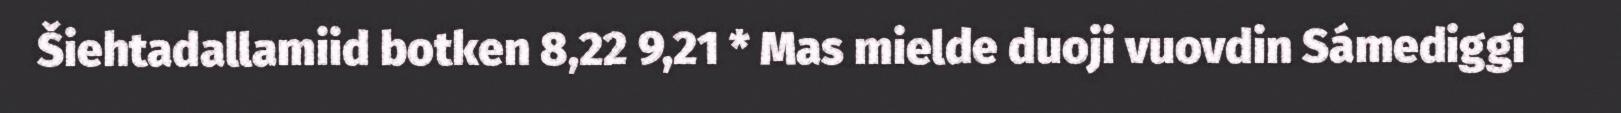
Šiehtadallamiid botken 8,22 9,21 * Mas mielde duoji vuovdin Sámediggi